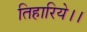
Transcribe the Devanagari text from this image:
तिहारिये।।